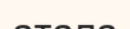
атала